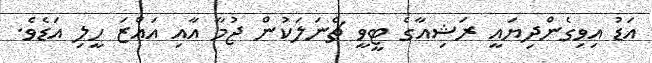
އަޑު އިވިގެންދިޔައީ ރަޝިއާގެ ޓީވީ ޗެނަލަކުން ޖުމާ އާއި އައްޒަ ހީލި އަޑެވެ.